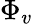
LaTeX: \Phi_{v}